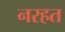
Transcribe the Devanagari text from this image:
नरहत